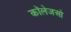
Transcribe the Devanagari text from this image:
कॉलेजओ